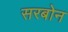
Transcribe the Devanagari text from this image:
सरबोन